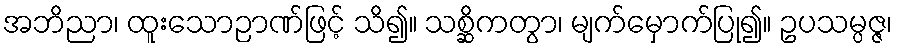
အဘိညာ၊ ထူးသောဉာဏ်ဖြင့် သိ၍။ သစ္ဆိကတွာ၊ မျက်မှောက်ပြု၍။ ဥပသမ္ပဇ္ဇ၊